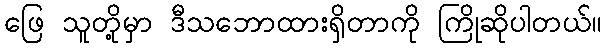
ဖြေ သူတို့မှာ ဒီသဘောထားရှိတာကို ကြိုဆိုပါတယ်။